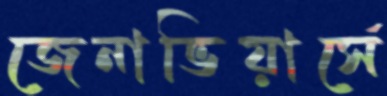
জেনাভিয়ার্সে